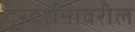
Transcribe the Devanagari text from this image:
दूरदर्शनावरील